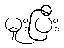
မူးပြီး